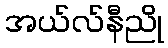
အယ်လ်နီညို